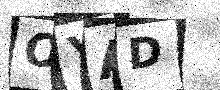
Text: OYAD